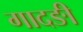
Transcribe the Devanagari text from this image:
गादङी